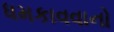
ધમકાવવાનો